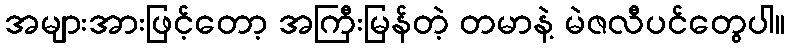
အများအားဖြင့်တော့ အကြီးမြန်တဲ့ တမာနဲ့ မဲဇလီပင်တွေပါ။